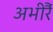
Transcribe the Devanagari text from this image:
अभीरैं